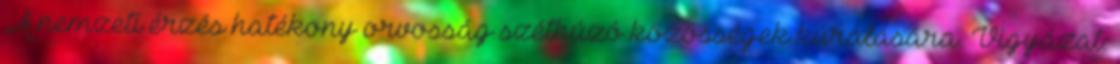
„A nemzeti érzés hatékony orvosság széthúzó közösségek kúrálására. Vigyázat: